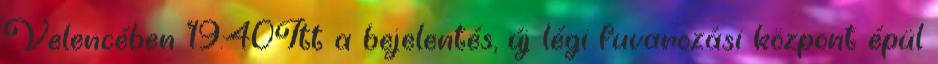
Velencében 19:40Itt a bejelentés, új légi fuvarozási központ épül